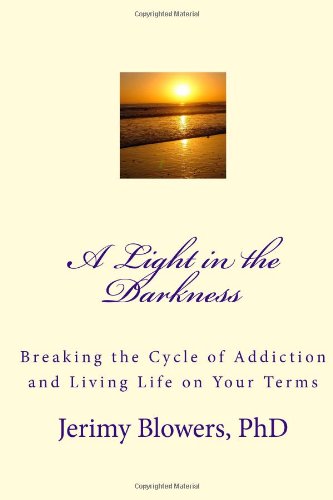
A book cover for A Light in the Darkness: Breaking the Cycle of Addiction and Living Life on Your Terms; Dr. Jerimy G Blowers PhD; Health, Fitness & Dieting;